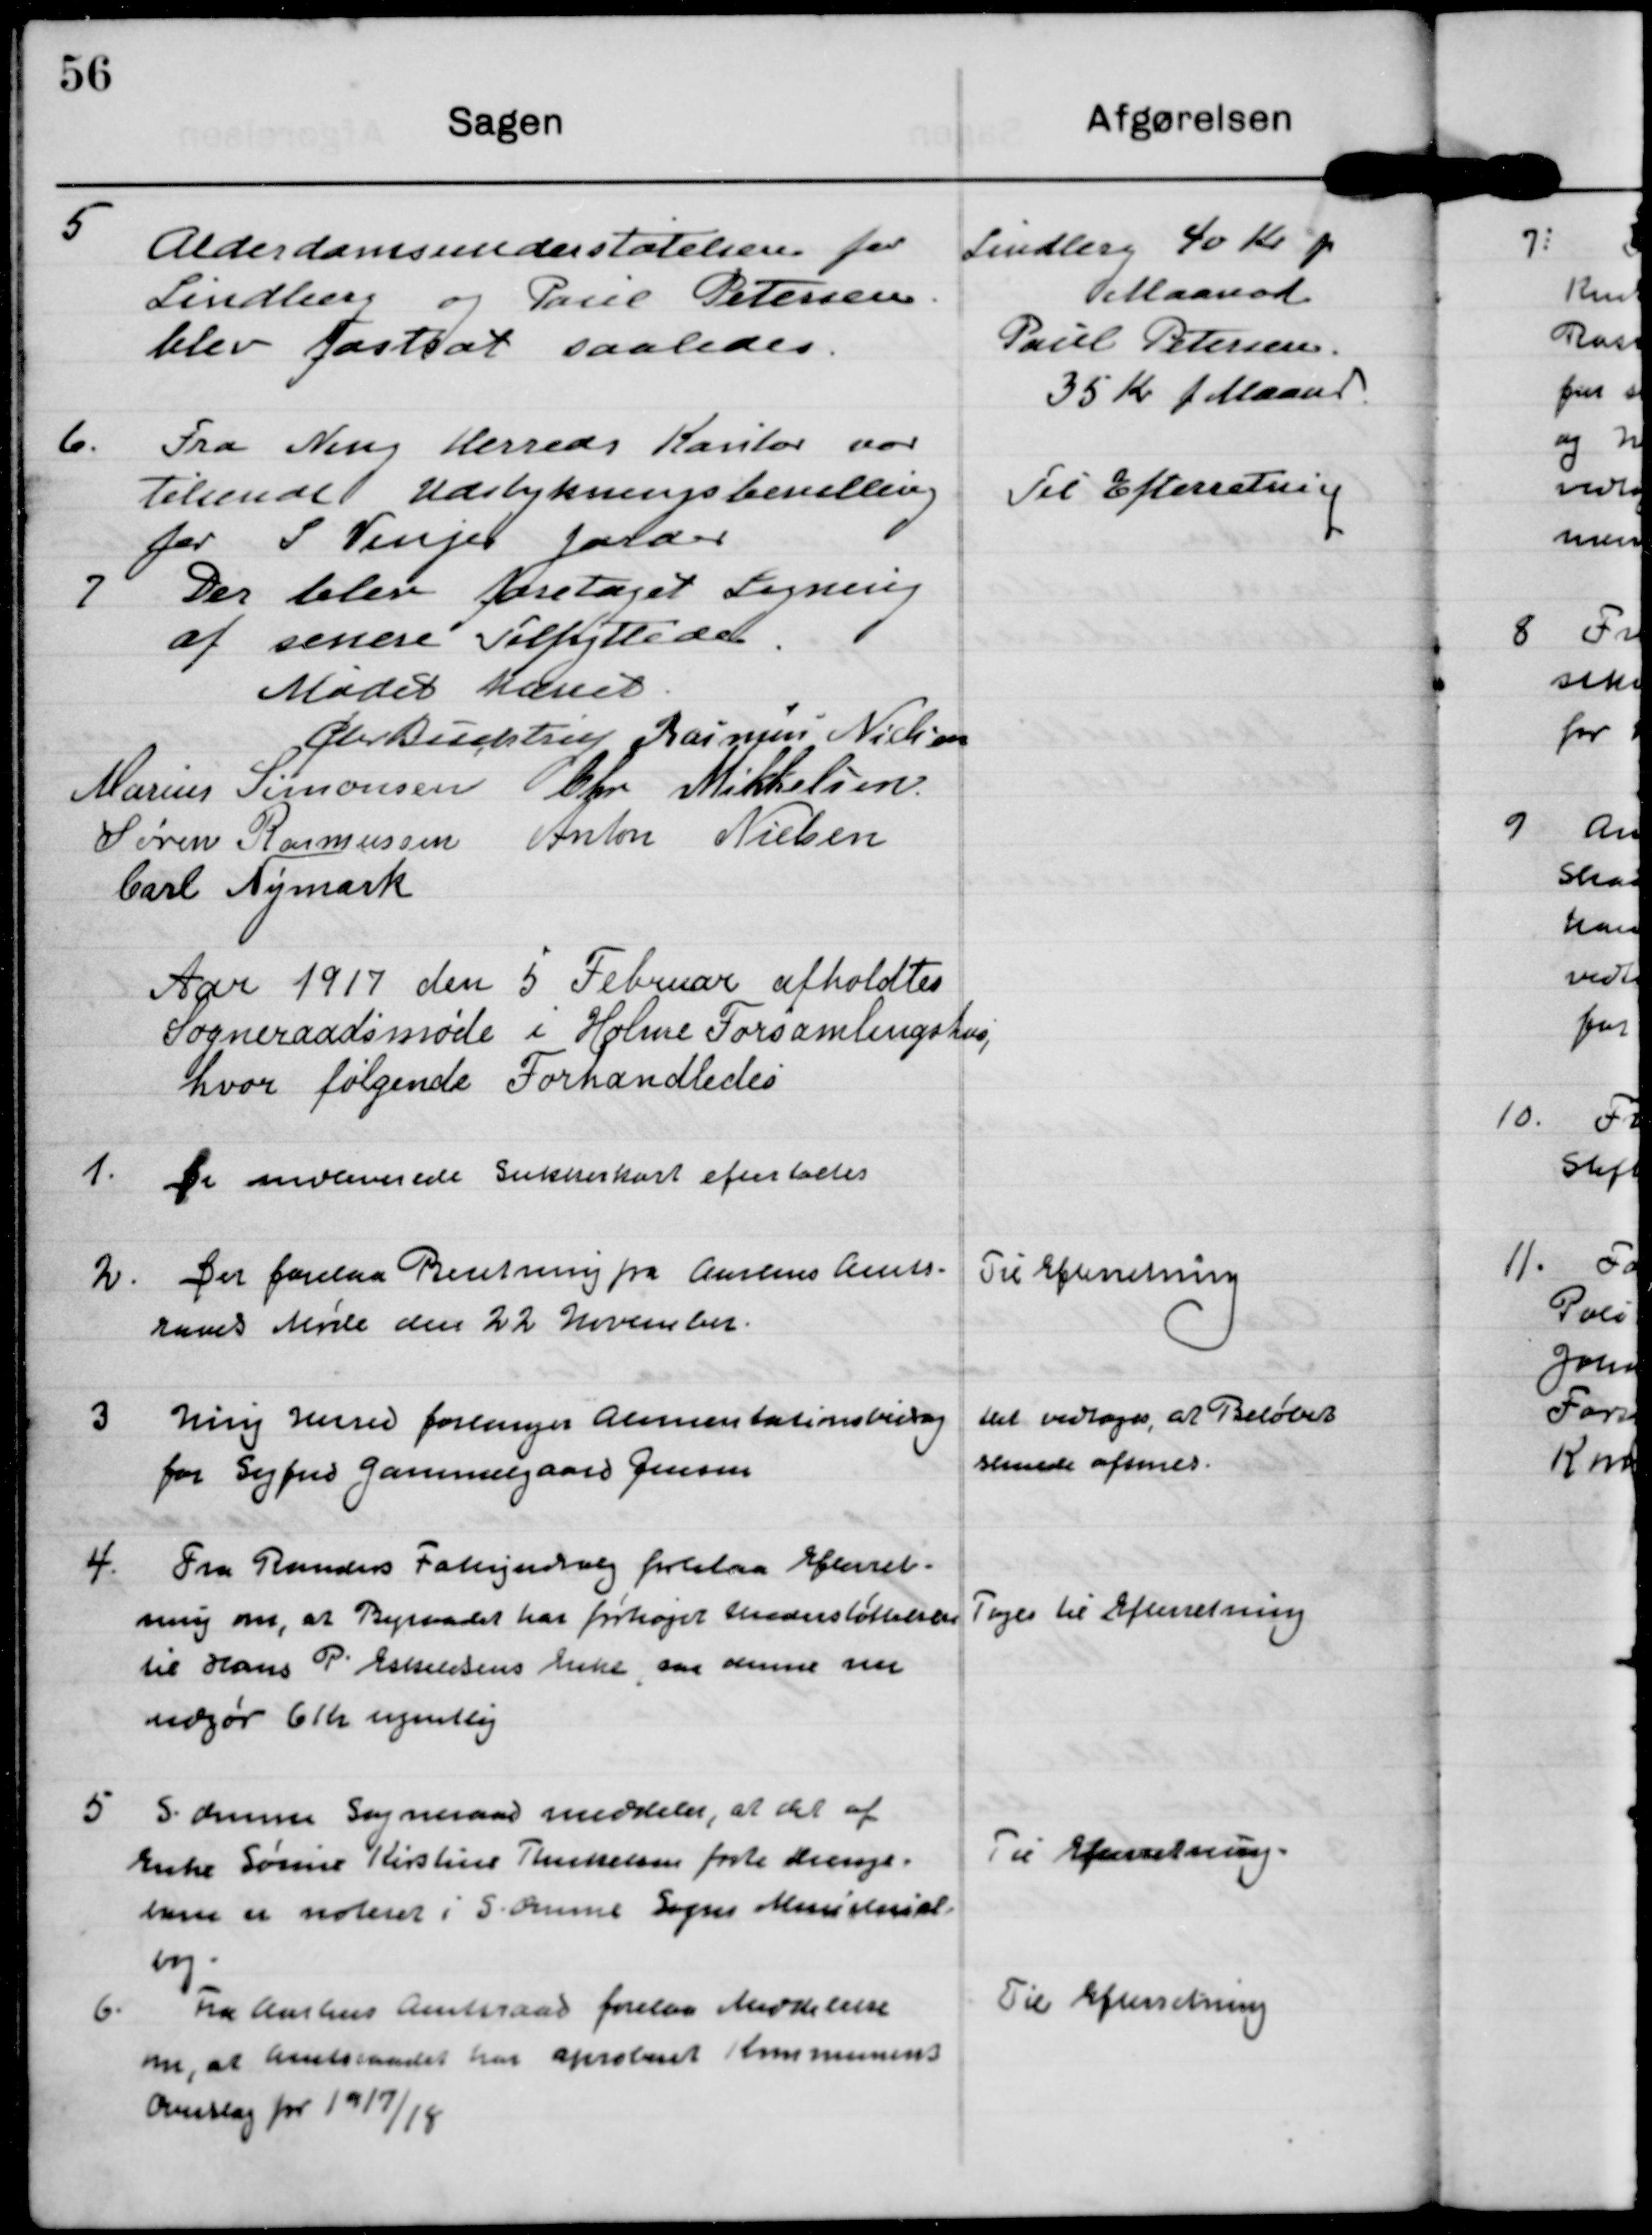
Transskription:
5
Alderdomsunderstøtelsen for
Lindberg og Poul Petersen
blev fastsat saaledes

Lindberg 40 kr p
Maaned
Paul Petersen
35 Kr p Maaned

6 Fra Ning Herreds Kontor var
Tilsendt Udstykningsbevilling
for S Vinjes Jorder

Til Efterretning

7 Der blev foretaget Ligning
af senere Tilflyttede

Mødet hævet

Chr Buchtrup

Rasmus Nielsen

Marius Simonsen

Chr Mikkelsen

Søren Rasmussen

Anton Nielsen

Carl Nymark

Aar 1917 den 5 Februar afholdtes
Sogneraadsmøde i Holme Forsamlingshus
hvor følgende Forhandledes

1. De indleverede Sukkerkort eftertaltes

2. Der forelaa Beretning fra Aarhus Amts-
raads Møde den 22 November

Til Efterretning

3 Ning herred forlanger Alimentationsbidrag
for Sigfred Gammelgaard Jensen

Det vedtoges, at Beløbet
senere af

4. Fra Randers Fattigudvalg forelaa Efterret-
ning nu, at Byraadet har forhøjet Understøttelse
til Hans P. Eskildsens Enke, så denne nu
udgør 6 Kr ugentlig

Tages til Efterretning

5 S.Omme Sogneraad meddeler, at det af
Enke Sørine Kirstine Therkelsens fødte drenge-
barn er noteret i S.Omme Sogns Ministerial-
bog.

Til Efterretning

6. Fra Aarhus Amtsraad forelaa Meddelelse
om, at Amtsraadet har aproberet Kommunens
Overslag pr 19/7/18

Til Efterretning